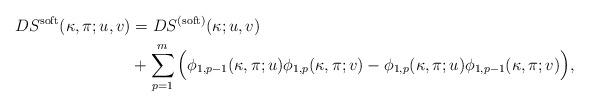
LaTeX: \begin{align*} DS^{\mathrm{soft}} (\kappa, \pi;u,v)&=DS^{(\mathrm{soft})}(\kappa;u,v) \\ &+\sum_{p=1}^{m}\Big( \phi_{1,p-1}(\kappa, \pi;u) \phi_{1,p}(\kappa, \pi;v)-\phi_{1,p}(\kappa, \pi;u)\phi_{1,p-1}(\kappa, \pi;v) \Big), \end{align*}